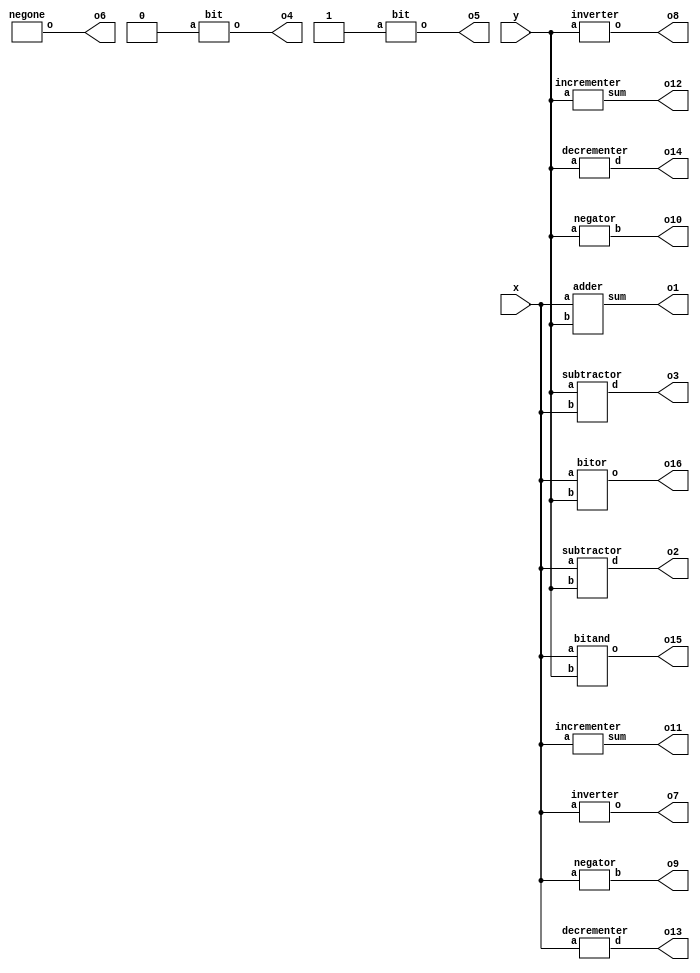
module alu(
	input [15:0]x,
	input [15:0]y,
	output [15:0] o1,
	output [15:0] o2,
	output [15:0] o3,
	output [15:0] o4,
	output [15:0] o5,
	output [15:0] o6,
	output [15:0] o7,
	output [15:0] o8,
	output [15:0] o9,
	output [15:0] o10,
	output [15:0] o11,
	output [15:0] o12,
	output [15:0] o13,
	output [15:0] o14,
	output [15:0] o15,
	output [15:0] o16
);

	adder a1(x,y,o1);
	subtractor s1(x,y,o2);
	subtractor s2(y,x,o3);
	bit b1(1'b0,o4);
	bit b2(1'b1,o5);
	negone n1(o6);
	inverter x1(x,o7);
	inverter y1(y,o8);
	negator x2(x,o9);
	negator y2(y,o10);
	incrementer x3(x,o11);
	incrementer y3(y,o12);
	decrementer x4(x,o13);
	decrementer y4(y,o14);
	bitand and1(x,y,o15);
	bitor or1(x,y,o16);
endmodule


module adder(
	input [15:0]a,
input [15:0]b,
	output [15:0]sum
);
   
  wire c0,c1,c2,c3,c4,c5,c6,c7,c8,c9,c10,c11,c12,c13,c14,Cout;
 
  full_adder FA0(a[0], b[0],1'b0, sum[0], c0);
  full_adder FA1(a[1], b[1], c0, sum[1], c1);
  full_adder FA2(a[2], b[2], c1, sum[2], c2);
  full_adder FA3(a[3], b[3], c2, sum[3], c3);
  full_adder FA4(a[4], b[4], c3, sum[4], c4);
  full_adder FA5(a[5], b[5], c4, sum[5], c5);
  full_adder FA6(a[6], b[6], c5, sum[6], c6);
  full_adder FA7(a[7], b[7], c6, sum[7], c7);
  full_adder FA8(a[8], b[8], c7, sum[8], c8);
  full_adder FA9(a[9], b[9], c8, sum[9], c9);
  full_adder FA10(a[10], b[10],c9, sum[10], c10);
  full_adder FA11(a[11], b[11], c10, sum[11], c11);
  full_adder FA12(a[12], b[12], c11, sum[12], c12);
  full_adder FA13(a[13], b[13], c12, sum[13], c13);
  full_adder FA14(a[14], b[14], c13, sum[14], c14);
  full_adder FA15(a[15], b[15], c14, sum[15], Cout);

endmodule

module subtractor(
	input [15:0]a,
input [15:0]b,
	output [15:0]d
);

  wire c0,c1,c2,c3,c4,c5,c6,c7,c8,c9,c10,c11,c12,c13,c14,c15;
 
  full_subtractor FA0(a[0], b[0],1'b0, d[0], c0);
  full_subtractor FA1(a[1], b[1], c0, d[1], c1);
  full_subtractor FA2(a[2], b[2], c1, d[2], c2);
  full_subtractor FA3(a[3], b[3], c2, d[3], c3);
  full_subtractor FA4(a[4], b[4], c3, d[4], c4);
  full_subtractor FA5(a[5], b[5], c4, d[5], c5);
  full_subtractor FA6(a[6], b[6], c5, d[6], c6);
  full_subtractor FA7(a[7], b[7], c6, d[7], c7);
  full_subtractor FA8(a[8], b[8], c7, d[8], c8);
  full_subtractor FA9(a[9], b[9], c8, d[9], c9);
  full_subtractor FA10(a[10], b[10],c9, d[10], c10);
  full_subtractor FA11(a[11], b[11], c10, d[11], c11);
  full_subtractor FA12(a[12], b[12], c11, d[12], c12);
  full_subtractor FA13(a[13], b[13], c12, d[13], c13);
  full_subtractor FA14(a[14], b[14], c13, d[14], c14);
  full_subtractor FA15(a[15], b[15], c14, d[15], c15);

endmodule

module bit(
input a,
output [15:0]o
);
or_gate o1(a,1'b0,o[0]);
or_gate o2(1'b0,1'b0,o[1]);
or_gate o3(1'b0,1'b0,o[2]);
or_gate o4(1'b0,1'b0,o[3]);
or_gate o5(1'b0,1'b0,o[4]);
or_gate o6(1'b0,1'b0,o[5]);
or_gate o7(1'b0,1'b0,o[6]);
or_gate o8(1'b0,1'b0,o[7]);
or_gate o9(1'b0,1'b0,o[8]);
or_gate o10(1'b0,1'b0,o[9]);
or_gate o11(1'b0,1'b0,o[10]);
or_gate o12(1'b0,1'b0,o[11]);
or_gate o13(1'b0,1'b0,o[12]);
or_gate o14(1'b0,1'b0,o[13]);
or_gate o15(1'b0,1'b0,o[14]);
or_gate o16(1'b0,1'b0,o[15]);

endmodule


module negone(
 output [15:0]o
);
wire [15:0]t;
bit bi(1'b1,t);
inverter inv(t,o);

endmodule

module inverter(
input [15:0]a,
output [15:0]o
);
wire [15:0]abar;
negator neg(a,abar);
incrementer inc(abar,o);

endmodule

module negator(
	input [15:0]a,
	output [15:0]b
);
	not_gate n0 (b[0],a[0]);
	not_gate n1 (b[1],a[1]);
	not_gate n2 (b[2],a[2]);
	not_gate n3 (b[3],a[3]);
	not_gate n4 (b[4],a[4]);
	not_gate n5 (b[5],a[5]);
	not_gate n6 (b[6],a[6]);
	not_gate n7 (b[7],a[7]);
	not_gate n8 (b[8],a[8]);
	not_gate n9 (b[9],a[9]);
	not_gate n10 (b[10],a[10]);
	not_gate n11 (b[11],a[11]);
	not_gate n12 (b[12],a[12]);
	not_gate n13 (b[13],a[13]);
	not_gate n14 (b[14],a[14]);
	not_gate n15 (b[15],a[15]);
   
endmodule

module incrementer(
	input [15:0]a,
	output [15:0]sum
);
   
  wire c0,c1,c2,c3,c4,c5,c6,c7,c8,c9,c10,c11,c12,c13,c14,Cout;
 
  full_adder FA0(a[0], 1'b1,1'b0, sum[0], c0);
  full_adder FA1(a[1], 1'b0, c0, sum[1], c1);
  full_adder FA2(a[2], 1'b0, c1, sum[2], c2);
  full_adder FA3(a[3], 1'b0, c2, sum[3], c3);
  full_adder FA4(a[4], 1'b0, c3, sum[4], c4);
  full_adder FA5(a[5], 1'b0, c4, sum[5], c5);
  full_adder FA6(a[6], 1'b0, c5, sum[6], c6);
  full_adder FA7(a[7], 1'b0, c6, sum[7], c7);
  full_adder FA8(a[8], 1'b0, c7, sum[8], c8);
  full_adder FA9(a[9], 1'b0, c8, sum[9], c9);
  full_adder FA10(a[10], 1'b0,c9, sum[10], c10);
  full_adder FA11(a[11], 1'b0, c10, sum[11], c11);
  full_adder FA12(a[12], 1'b0, c11, sum[12], c12);
  full_adder FA13(a[13], 1'b0, c12, sum[13], c13);
  full_adder FA14(a[14], 1'b0, c13, sum[14], c14);
  full_adder FA15(a[15], 1'b0, c14, sum[15], Cout);

endmodule

module decrementer(
	input [15:0]a,
	output [15:0]d
);

  wire c0,c1,c2,c3,c4,c5,c6,c7,c8,c9,c10,c11,c12,c13,c14,c15;
 
  full_subtractor FA0(a[0], 1'b1,1'b0, d[0], c0);
  full_subtractor FA1(a[1], 1'b0, c0, d[1], c1);
  full_subtractor FA2(a[2], 1'b0, c1, d[2], c2);
  full_subtractor FA3(a[3], 1'b0, c2, d[3], c3);
  full_subtractor FA4(a[4], 1'b0, c3, d[4], c4);
  full_subtractor FA5(a[5], 1'b0, c4, d[5], c5);
  full_subtractor FA6(a[6], 1'b0, c5, d[6], c6);
  full_subtractor FA7(a[7], 1'b0, c6, d[7], c7);
  full_subtractor FA8(a[8], 1'b0, c7, d[8], c8);
  full_subtractor FA9(a[9], 1'b0, c8, d[9], c9);
  full_subtractor FA10(a[10], 1'b0,c9, d[10], c10);
  full_subtractor FA11(a[11], 1'b0, c10, d[11], c11);
  full_subtractor FA12(a[12], 1'b0, c11, d[12], c12);
  full_subtractor FA13(a[13], 1'b0, c12, d[13], c13);
  full_subtractor FA14(a[14], 1'b0, c13, d[14], c14);
  full_subtractor FA15(a[15], 1'b0, c14, d[15], c15);

endmodule

module bitand(
	input [15:0]a,
	input [15:0]b,
	output [15:0]o
);
	and_gate a1(a[0], b[0], o[0]);
	and_gate a2(a[1], b[1], o[1]);
	and_gate a3(a[2], b[2], o[2]);
	and_gate a4(a[3], b[3], o[3]);
	and_gate a5(a[4], b[4], o[4]);
	and_gate a6(a[5], b[5], o[5]);
	and_gate a7(a[6], b[6], o[6]);
	and_gate a8(a[7], b[7], o[7]);
	and_gate a9(a[8], b[8], o[8]);
	and_gate a10(a[9], b[9], o[9]);
	and_gate a11(a[10], b[10], o[10]);
	and_gate a12(a[11], b[11], o[11]);
	and_gate a13(a[12], b[12], o[12]);
	and_gate a14(a[13], b[13], o[13]);
	and_gate a15(a[14], b[14], o[14]);
	and_gate a16(a[15], b[15], o[15]);

endmodule

module bitor(
	input [15:0]a,
	input [15:0]b,
	output [15:0]o
);
	or_gate o1(a[0], b[0], o[0]);
	or_gate o2(a[1], b[1], o[1]);
	or_gate o3(a[2], b[2], o[2]);
	or_gate o4(a[3], b[3], o[3]);
	or_gate o5(a[4], b[4], o[4]);
	or_gate o6(a[5], b[5], o[5]);
	or_gate o7(a[6], b[6], o[6]);
	or_gate o8(a[7], b[7], o[7]);
	or_gate o9(a[8], b[8], o[8]);
	or_gate o10(a[9], b[9], o[9]);
	or_gate o11(a[10], b[10], o[10]);
	or_gate o12(a[11], b[11], o[11]);
	or_gate o13(a[12], b[12], o[12]);
	or_gate o14(a[13], b[13], o[13]);
	or_gate o15(a[14], b[14], o[14]);
	or_gate o16(a[15], b[15], o[15]);
    
endmodule

module full_subtractor(
	input a,
	input b,
	input bin,
	output diff,
	output borrow
);
	wire d1, b1, b2;

	half_subtractor ha1(a,b,d1,b1);
	half_subtractor ha2(d1,bin,diff,b2);
	or_gate or1(b1,b2,borrow);

endmodule

module half_subtractor(
	input a,b,
	output diff,borrow
);

	wire abar;

	xor_gate x1(a,b,diff);
	not_gate n1(abar,a);
	and_gate a1(abar,b,borrow);

endmodule


module full_adder(
	input a,b,cin,
	output s,c
);
	wire s1, c1, c2;
     half_adder h1(a,b,s1,c1);
	half_adder h2(s1,cin,s,c2);
	or_gate o1(c1,c2,c);
   
endmodule

module half_adder(
	input a,b,
	output s,c
);
	xor_gate x1(a,b,s);
	and_gate a1(a,b,c);
   
endmodule

module not_gate(
	output abar,
	input a
);
	nand(abar,a,a);

endmodule

module and_gate(
	input a,b,
	output ab
);
	wire abbar;
   
	nand(abbar,a,b);
	nand(ab,abbar,abbar);
   
endmodule

module or_gate(
	input a,b,
	output ab
);
	wire abar,bbar;
   
	nand(abar,a,a);
	nand(bbar,b,b);
	nand(ab,abar,bbar);
   
endmodule

module xor_gate(
	input a,b,
	output c
);
	wire w1,w2,w3;
   
	nand(w1,a,b);
	nand(w2,a,w1);
	nand(w3,b,w1);
	nand(c,w2,w3);
   
endmodule

//TESTBENCH

module alu_tb();
  reg [15:0] x, y;
  wire [15:0] o1, o2, o3, o4, o5, o6, o7, o8, o9, o10, o11, o12, o13, o14, o15, o16;
 
 alu aa (
	.x(x),
	.y(y),
	.o1(o1),
	.o2(o2),
	.o3(o3),
	.o4(o4),
	.o5(o5),
	.o6(o6),
	.o7(o7),
	.o8(o8),
	.o9(o9),
	.o10(o10),
	.o11(o11),
	.o12(o12),
	.o13(o13),
	.o14(o14),
	.o15(o15),
	.o16(o16)
  );
 
  initial begin
	x = 16'b0;
	y = 16'b0;
    
     repeat(10)begin
     x = $random;
     y = $random;
     #20;
     end
    end
endmodule